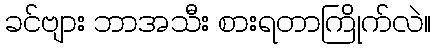
ခင်ဗျား ဘာအသီး စားရတာကြိုက်လဲ။